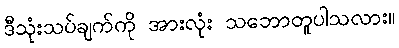
ဒီသုံးသပ်ချက်ကို အားလုံး သဘောတူပါသလား။